Civil Veterinary Dept. Bombay admin report 1914-1922 - 1914-1922
Year: 1914
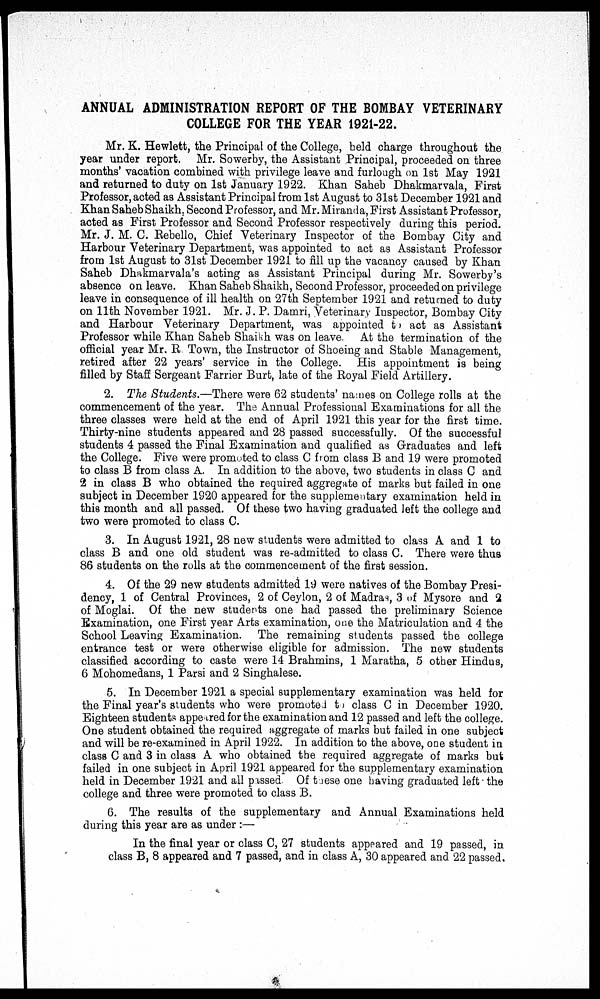
ANNUAL ADMINISTRATION REPORT OF THE BOMBAY VETERINARY
COLLEGE FOR THE YEAR 1921-22.
Mr. K. Hewlett, the Principal of the College, held charge throughout the
year under report. Mr. Sowerby, the Assistant Principal, proceeded on three
months' vacation combined with privilege leave and furlough on 1st May 1921
and returned to duty on 1st January 1922. Khan Saheb Dhakmarvala, First
Professor, acted as Assistant Principal from 1st August to 31st December 1921 and
Khan Saheb Shaikh, Second Professor, and Mr. Miranda, First Assistant Professor,
acted as First Professor and Second Professor respectively during this period.
Mr. J. M. C. Rebello, Chief Veterinary Inspector of the Bombay City and
Harbour Veterinary Department, was appointed to act as Assistant Professor
from 1st August to 31st December 1921 to fill up the vacancy caused by Khan
Saheb Dhakmarvala's acting as Assistant Principal during Mr. Sowerby's
absence on leave. Khan Saheb Shaikh, Second Professor, proceeded on privilege
leave in consequence of ill health on 27th September 1921 and returned to duty
on 11th November 1921. Mr. J. P. Damri, Veterinary Inspector, Bombay City
and Harbour Veterinary Department, was appointed to act as Assistant
Professor while Khan Saheb Shaikh was on leave. At the termination of the
official year Mr. R Town, the Instructor of Shoeing and Stable Management,
retired after 22 years' service in the College. His appointment is being
filled by Staff Sergeant Farrier Burt, late of the Royal Field Artillery.
2. The Students.—There were 62 students' names on College rolls at the
commencement of the year. The Annual Professional Examinations for all the
three classes were held at the end of April 1921 this year for the first time.
Thirty-nine students appeared and 28 passed successfully. Of the successful
students 4 passed the Final Examination and qualified as Graduates and left
the College. Five were promoted to class C from class B and 19 were promoted
to class B from class A. In addition to the above, two students in class C and
2 in class B who obtained the required aggregate of marks but failed in one
subject in December 1920 appeared for the supplementary examination held in
this month and all passed. Of these two having graduated left the college and
two were promoted to class C.
3. In August 1921, 28 new students were admitted to class A and 1 to
class B and one old student was re-admitted to class C. There were thus
86 students on the rolls at the commencement of the first session.
4. Of the 29 new students admitted 19 were natives of the Bombay Presi-
dency, 1 of Central Provinces, 2 of Ceylon, 2 of Madras, 3 of Mysore and 2
of Moglai. Of the new students one had passed the preliminary Science
Examination, one First year Arts examination, one the Matriculation and 4 the
School Leaving Examination. The remaining students passed the college
entrance test or were otherwise eligible for admission. The new students
classified according to caste were 14 Brahmins, 1 Maratha, 5 other Hindus,
6 Mohomedans, 1 Parsi and 2 Singhalese.
5. In December 1921 a special supplementary examination was held for
the Final year's students who were promoted to class C in December 1920.
Eighteen students appeared for the examination and 12 passed and left the college.
One student obtained the required aggregate of marks but failed in one subject
and will be re-examined in April 1922. In addition to the above, one student in
class C and 3 in class A who obtained the required aggregate of marks but
failed in one subject in April 1921 appeared for the supplementary examination
held in December 1921 and all passed. Of these one having graduated left the
college and three were promoted to class B.
6. The results of the supplementary and Annual Examinations held
during this year are as under :—
In the final year or class C, 27 students appeared and 19 passed, in
class B, 8 appeared and 7 passed, and in class A, 30 appeared and 22 passed.